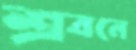
শ্রবনে